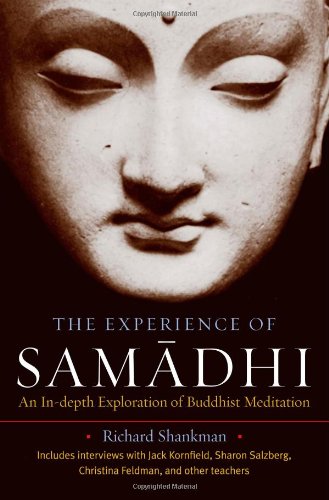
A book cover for The Experience of Samadhi: An In-depth Exploration of Buddhist Meditation; Richard Shankman; Religion & Spirituality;